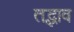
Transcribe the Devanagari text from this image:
तद्भाव